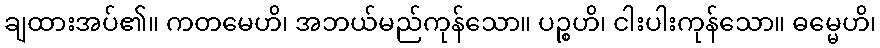
ချထားအပ်၏။ ကတမေဟိ၊ အဘယ်မည်ကုန်သော။ ပဉ္စဟိ၊ ငါးပါးကုန်သော။ ဓမ္မေဟိ၊